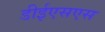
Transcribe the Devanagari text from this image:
डीईएसएस